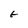
Character: t